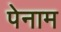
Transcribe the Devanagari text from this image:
पेनाम